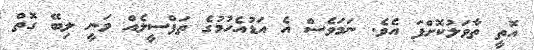
އޮތީ ތާވަލުކޮށްފަ އެވެ. ނަމަވެސް އެ އަޑުއެހުމުގެ ތަފްސީލެއް ވަނީ ލިބޭ ގޮތް